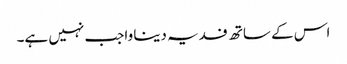
اس کے ساتھ فدیہ دینا واجب نہیں ہے۔